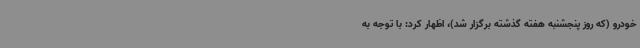
خودرو (که روز پنجشنبه هفته گذشته برگزار شد)، اظهار کرد: با توجه به